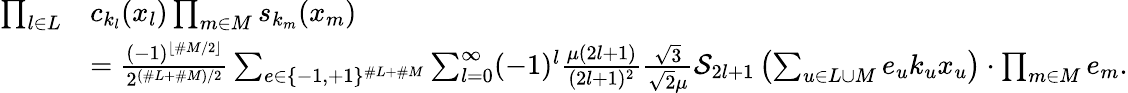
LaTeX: \begin{array}{rl}{\prod_{l\in L}}&{c_{k_{l}}(x_{l})\prod_{m\in M}s_{k_{m}}(x_{m})}\\ &{=\frac{(-1)^{\lfloor\# M/2\rfloor}}{2^{(\# L+\# M)/2}}\sum_{e\in\{ -1,+1\} ^{\# L+\# M}}\sum_{l=0}^{\infty}(-1)^{l}\frac{\mu(2l+1)}{(2l+1)^{2}}\frac{\sqrt{3}}{\sqrt{2}\mu}{\mathcal S}_{2l+1}\left(\sum_{u\in L\cup M}e_{u}k_{u}x_{u}\right)\cdot\prod_{m\in M}e_{m}.}\end{array}